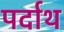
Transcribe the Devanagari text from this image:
पर्दाथ